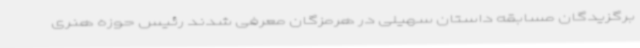
برگزیدگان مسابقه داستان سهیلی در هرمزگان معرفی شدند رئیس حوزه هنری